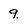
Character: q